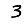
Digit: 3